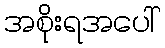
အစိုးရအပေါ်